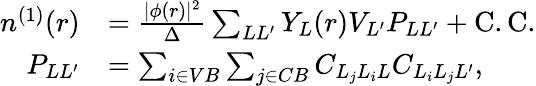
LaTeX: \begin{array}{rl}{n^{(1)}(r)}&{=\frac{|\phi(r)|^{2}}{\Delta}\sum_{LL^{\prime}}Y_{L}(r)V_{L^{\prime}}P_{LL^{\prime}}+\mathrm{C.C.}}\\ {P_{LL^{\prime}}}&{=\sum_{i\in VB}\sum_{j\in CB}C_{L_{j}L_{i}L}C_{L_{i}L_{j}L^{\prime}},}\end{array}